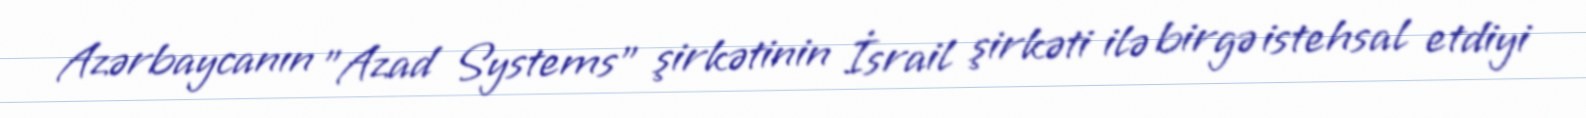
Azərbaycanın ”Azad Systems" şirkətinin İsrail şirkəti ilə birgə istehsal etdiyi